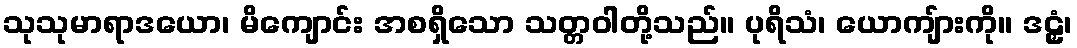
သုသုမာရာဒယော၊ မိကျောင်း အစရှိသော သတ္တဝါတို့သည်။ ပုရိသံ၊ ယောကျ်ားကို။ ဒဠှံ၊